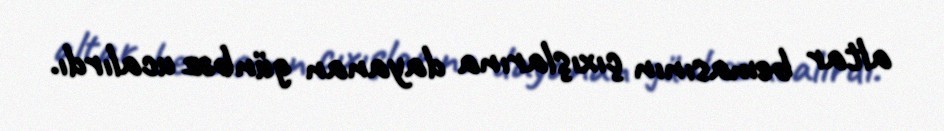
altar bemasının çıxışlarına dayanan günbəz ucalırdı.